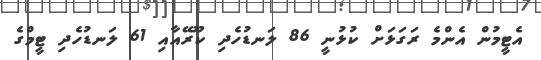
އެޓީމުން އެންމެ ރަގަޅަށް ކުޅުނީ 86 ލަނޑުހެދި ކޫރޭއާއި 61 ލަނޑުހެދި ޓީމްގެ